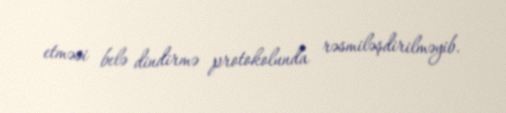
etməsi belə dindirmə protokolunda rəsmiləşdirilməyib.